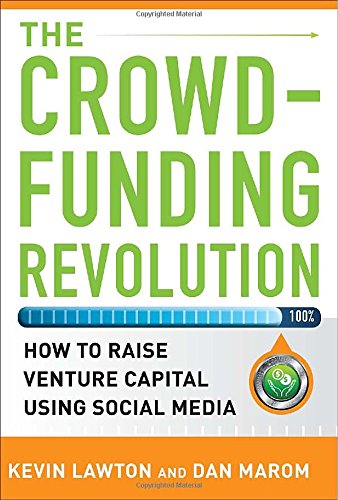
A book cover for The Crowdfunding Revolution:  How to Raise Venture Capital Using Social Media; Kevin Lawton; Computers & Technology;